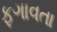
ફગાવતા